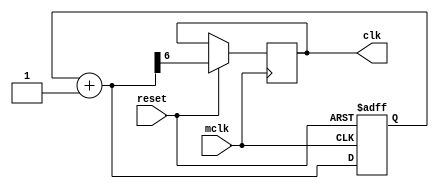
module div_256 (mclk,reset,clk);

input mclk,reset;

output clk;

reg clk;
reg [6:0] count;

always @ (posedge mclk or negedge reset)
begin
	if(!reset)
	count=0;
	else 
	begin
		count=count+1;
		clk=count[6];
	end
end
endmodule